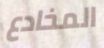
المخادع